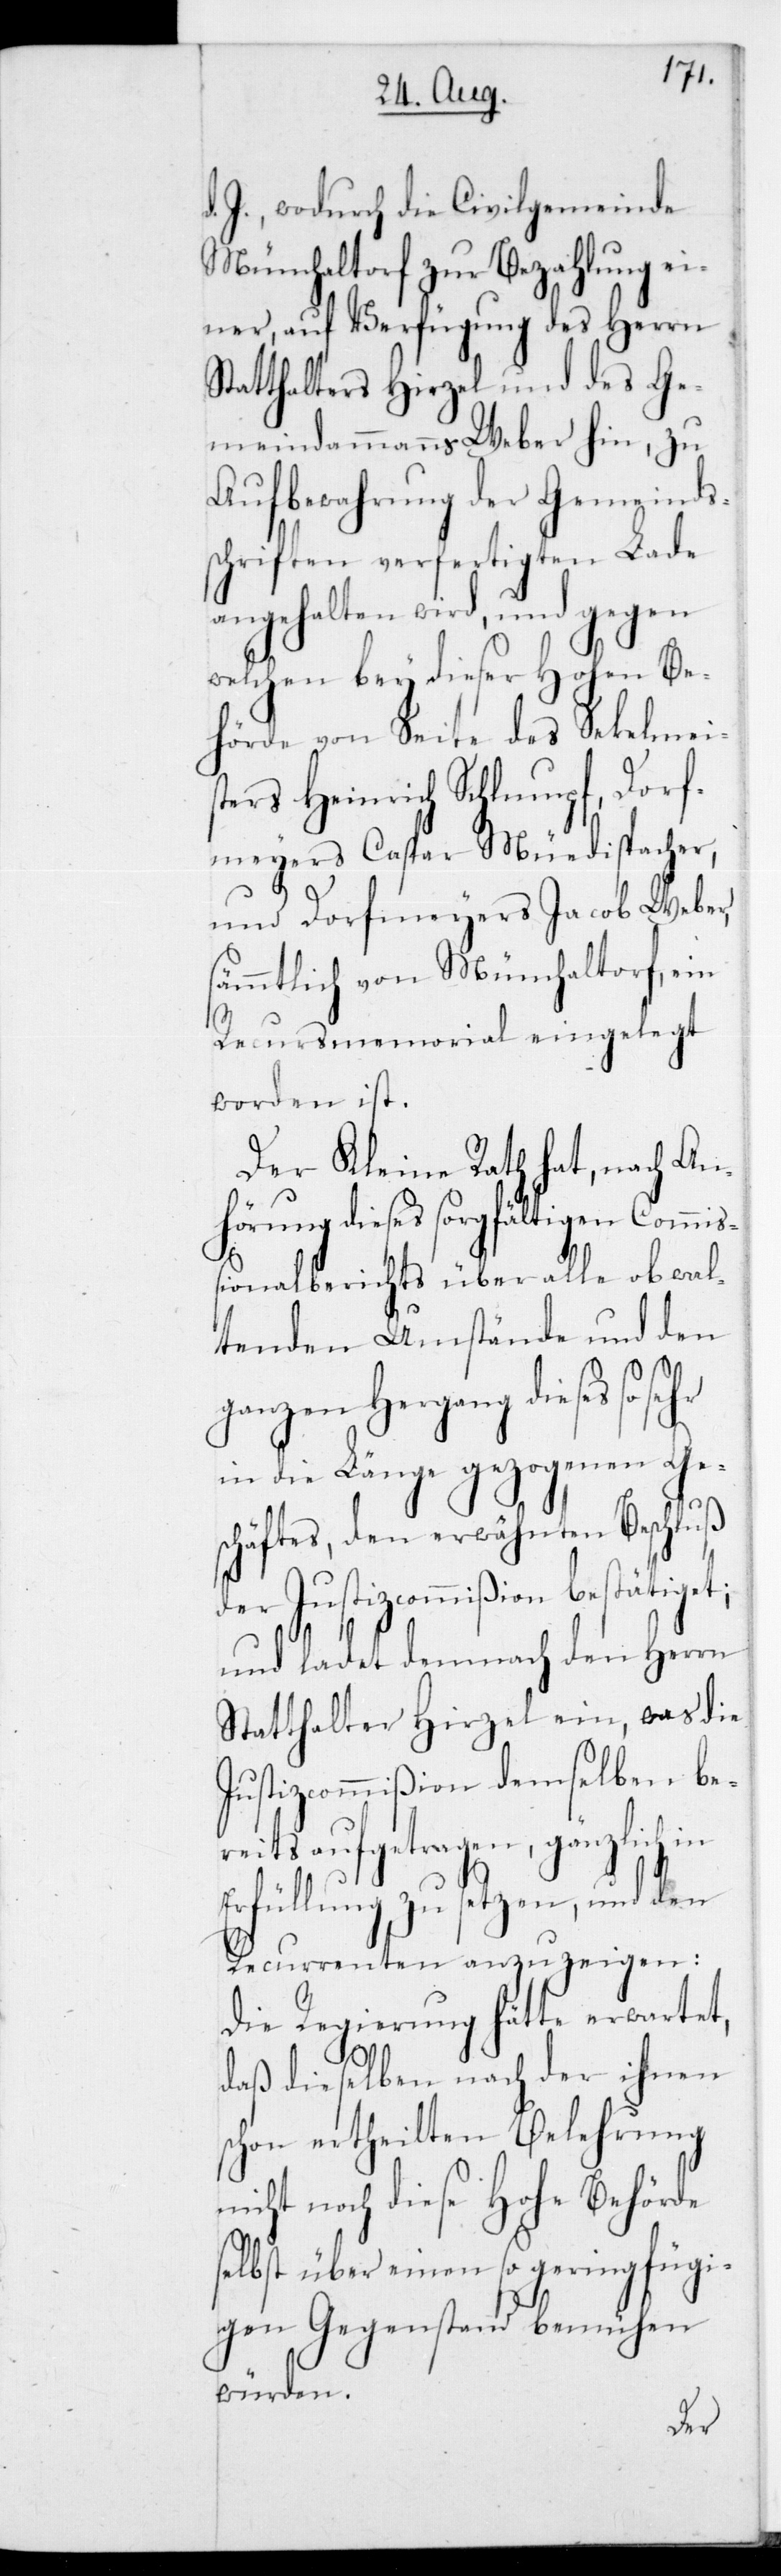
d. J., wodurch die Civilgemein¬
Münchaltorf zur Bezahlung ei¬
ner, auf Verfügung
Statthalters Hirzel und
meindammanns Weber
Aufbewahrung der
schriften verfertigten
angehalten wird, und
welchen bey dieser
hörde von Seite des
sters Heinrich Sch¬
fmeyers Caspar
und Dorfmeyers
l¬
sämmtlich von Münch¬
Recursmemorial
worden ist.
Der Kleine Rath
hörung dieses sorgfält¬
ßionalberichts über a¬
ogenen Ge¬
in die Länge gez¬
sehr
schäftes, den erwäh¬
der JustizCommißion
die
Herrn
und ladet demnach
Statthalter Hirzel
Justizcommißion demselben be¬
reits aufgetragen, gänzlich in
Erfüllung zu setzen, und den
Recurrenten anzuzeigen:
Die Regierung hätte erwartet,
daß dieselben nach der ihnen
schon ertheilten Belehrung
nicht noch diese Hohe Behörde
selbst über einen so geringfügi¬
gen Gegenstand bemühen
würden.